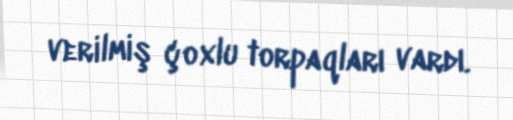
verilmiş çoxlu torpaqları vardı.